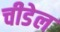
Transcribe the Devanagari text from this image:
चीडेल